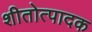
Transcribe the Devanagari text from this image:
शीतोत्पादक